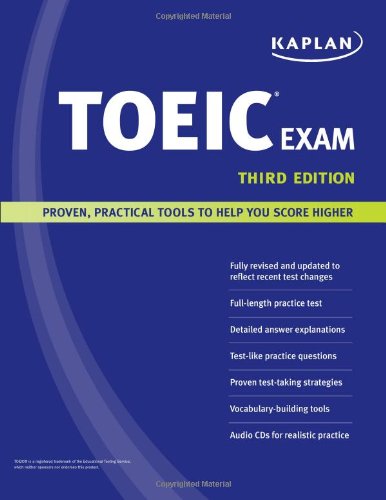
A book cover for Kaplan TOEIC Exam; Kaplan; Test Preparation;